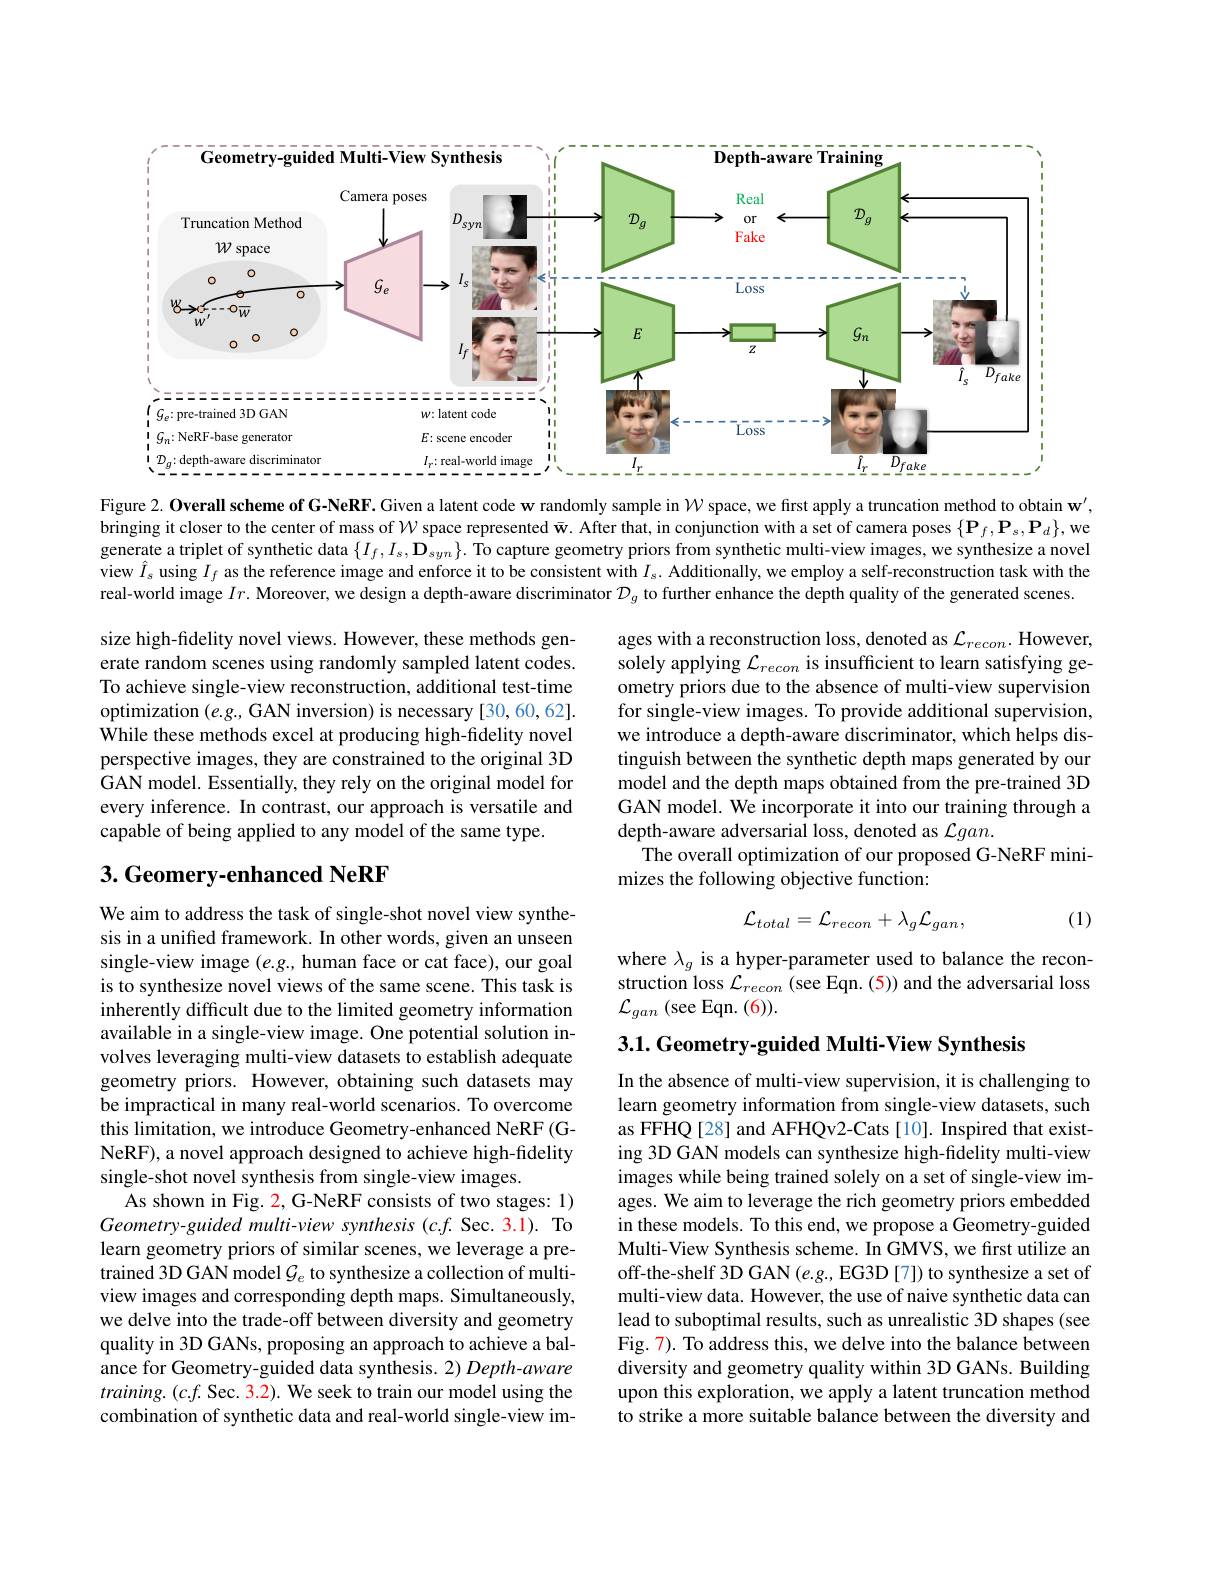
<FigureHere>

Figure 2. Overall scheme of G-NeRF. Given a latent code w randomly sample in $W$ space, we first apply a truncation method to obtain w', bringing it closer to the center of mass of $\mathcal{W}$ space represented w. After that, in conjunction with a set of camera poses $\{\mathbf{P}_f,\mathbf{P}_s,\mathbf{P}_d\}$,we generate a triplet of synthetic data $\{I_f,I_s,\mathbf{D}_{syn}\}.$ To capture geometry priors from synthetic multi-view images, we synthesize a novel view $\hat{I}_s$ using $I_f$ as the reference image and enforce it to be consistent with $I_s.$ Additionally, we employ a self-reconstruction task with the real-world image $Ir.$ Moreover, we design a depth-aware discriminator $\mathcal{D}_g$ to further enhance the depth quality of the generated scenes

size high-fidelity novel views. However, these methods generate random scenes using randomly sampled latent codes. To achieve single-view reconstruction, additional test-time optimization $(e.g.$, GAN inversion) is necessary [30,60,62]. While these methods excel at producing high-fidelity novel perspective images, they are constrained to the original 3D GAN model. Essentially, they rely on the original model for every inference. In contrast, our approach is versatile and capable of being applied to any model of the same type.

ages with a reconstruction loss, denoted as $\mathcal{L}_{recon}.$ However, solely applying $\mathcal{L}_recon$ is insufficient to learn satisfying geometry priors due to the absence of multi-view supervision for single-view images. To provide additional supervision, we introduce a depth-aware discriminator, which helps distinguish between the synthetic depth maps generated by our model and the depth maps obtained from the pre-trained 3D GAN model. We incorporate it into our training through a depth-aware adversarial loss, denoted as $\mathcal{L}gan.$
The overall optimization of our proposed G-NeRF mini-
mizes the following objective function:

## $3. \textbf{Geomery- enhanced NeRF}$
$$\mathcal L_{total}=\mathcal L_{recon}+\lambda_{g}\mathcal L_{gan},$$
(1)

where $\lambda_g$ is a hyper-parameter used to balance the reconstruction loss $\mathcal{L}_{recon}$ (see Eqn. (5)) and the adversarial loss $\mathcal{L}_{gan}\pmod{(6)}.$

3.1. Geometry-guided Multi-View Synthesis

We aim to address the task of single-shot novel view synthesis in a unifed framework. In other words, given an unseen single-view image $(e.g.$, human face or cat face), our goal is to synthesize novel views of the same scene. This task is inherently difficult due to the limited geometry information available in a single-view image. One potential solution involves leveraging multi-view datasets to establish adequate geometry priors. However, obtaining such datasets may be impractical in many real-world scenarios. To overcome this limitation, we introduce Geometry-enhanced NeRF (GNeRF), a novel approach designed to achieve high-fidelity single-shot novel synthesis from single-view images.
As shown in Fig. 2, G-NeRF consists of two stages: 1) Geometry-guided multi-view synthesis (c.f. Sec. 3.1). To learn geometry priors of similar scenes, we leverage a pretrained 3D GAN model $\mathcal{G}_e$ to synthesize a collection of multiview images and corresponding depth maps. Simultaneously, we delve into the trade-off between diversity and geometry quality in 3D GANs, proposing an approach to achieve a balance for Geometry-guided data synthesis. 2) Depth-aware $training.(c.f.$ Sec. 3.2). We seek to train our model using the combination of synthetic data and real-world single-view im-

In the absence of multi-view supervision, it is challenging to learn geometry information from single-view datasets, such as FFHQ [28] and AFHQv2-Cats [10]. Inspired that existing 3D GAN models can synthesize high-fidelity multi-view images while being trained solely on a set of single-view images. We aim to leverage the rich geometry priors embedded in these models. To this end, we propose a Geometry-guided Multi-View Synthesis scheme. In GMVS, we first utilize an off-the-shelf 3D GAN $(e.g.$,EG3D [7]) to synthesize a set of multi-view data. However, the use of naive synthetic data can lead to suboptimal results, such as unrealistic 3D shapes (see Fig. 7). To address this, we delve into the balance between diversity and geometry quality within 3D GANs. Building upon this exploration, we apply a latent truncation method to strike a more suitable balance between the diversity and